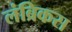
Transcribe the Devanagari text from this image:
लंब्रिकस